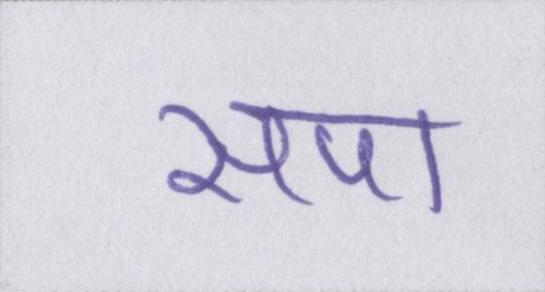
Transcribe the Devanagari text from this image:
सपा